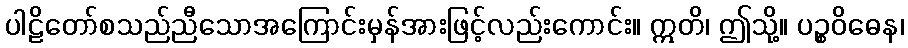
ပါဠိတော်စသည်ညီသောအကြောင်းမှန်အားဖြင့်လည်းကောင်း။ ဣတိ၊ ဤသို့။ ပဉ္စဝိဓေန၊